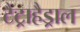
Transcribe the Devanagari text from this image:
टैट्राहैड्राल